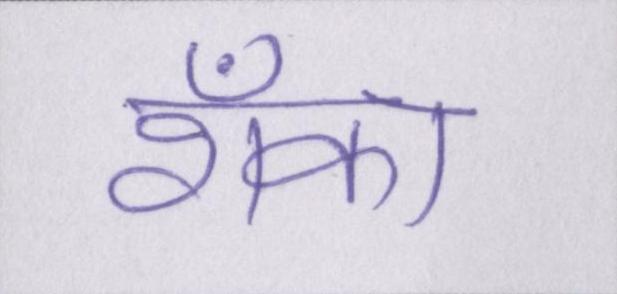
शँका